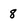
Character: 8